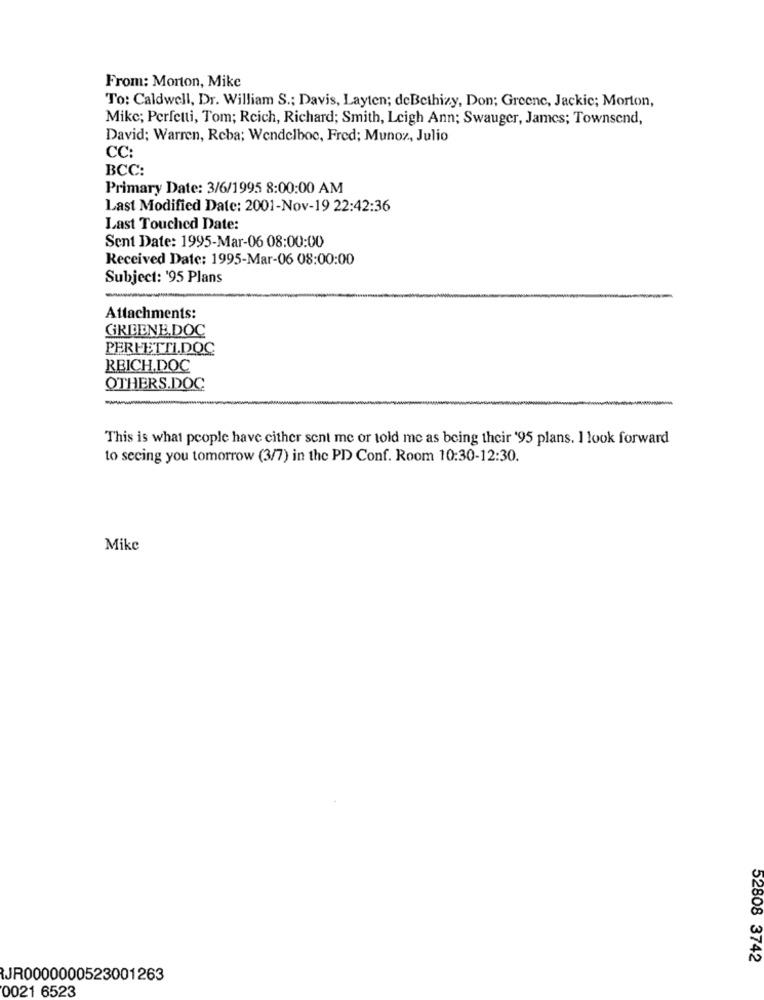
From: Morton, Mike
To: Caldwell, Dr. William S .; Davis, Layten; deBethizy, Don; Greene, Jackie; Morton,
Mike; Perfetti, Tom; Reich, Richard; Smith, Leigh Ann; Swauger, James; Townsend,
David; Warren, Reba; Wendelboe, Fred; Munoz, Julio
CC:
BCC:
Primary Date: 3/6/1995 8:00:00 AM
Last Modified Date: 2001-Nov-19 22:42:36
Last Touched Date:
Sent Date: 1995-Mar-06 08:00:00
Received Date: 1995-Mar-06 08:00:00
Subject: '95 Plans
Attachments:
GREENE.DOC
PERFETTI.DOC
REICH.DOC
OTHERS.DOC
-
This is what people have cither sent me or told me as being their '95 plans. I look forward
to secing you tomorrow (3/7) in the PD Conf. Room 10:30-12:30.
Mike
52808 3742
JR0000000523001263
0021 6523